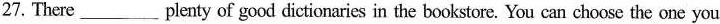
27.There___plenty of good dictionaries in the bookstore. You can choose the one you